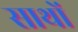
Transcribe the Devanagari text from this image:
साथों